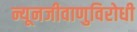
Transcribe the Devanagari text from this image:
न्यूनजीवाणुविरोधी